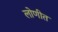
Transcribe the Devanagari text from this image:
लोणीत